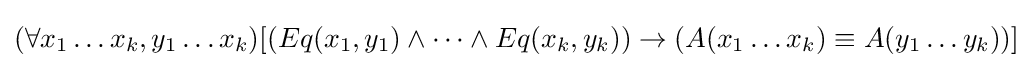
(\forall x_{1}\ldots x_{k},y_{1}\ldots x_{k})[(Eq(x_{1},y_{1})\wedge \cdots \wedge Eq(x_{k},y_{k}))\rightarrow (A(x_{1}\ldots x_{k})\equiv A(y_{1}\ldots y_{k}))]